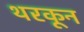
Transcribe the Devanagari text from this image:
थरकून